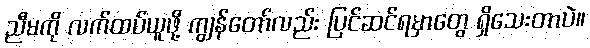
ညီမကို လက်ထပ်ယူဖို့ ကျွန်တော်လည်း ပြင်ဆင်ရမှာတွေ ရှိသေးတာပဲ။